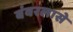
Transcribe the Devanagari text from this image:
बंवरलासे